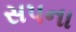
સપના